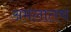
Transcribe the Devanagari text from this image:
अमलातच